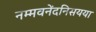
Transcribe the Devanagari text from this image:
नम्मवनेंदनिसयया